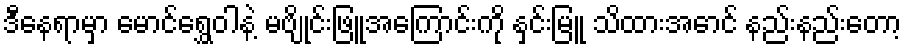
ဒီနေရာမှာ မောင်ရွှေဝါနဲ့ မဗျိုင်းဖြူအကြောင်းကို နှင်းမြူ သိထားအောင် နည်းနည်းတော့